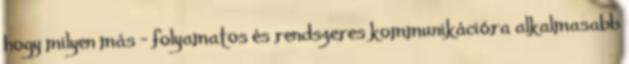
hogy milyen más — folyamatos és rendszeres kommunikációra alkalmasabb